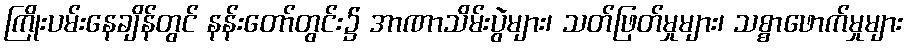
ကြိုးပမ်းနေချိန်တွင် နန်းတော်တွင်း၌ အာဏာသိမ်းပွဲများ၊ သတ်ဖြတ်မှုများ၊ သစ္စာဖောက်မှုများ